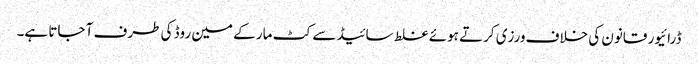
ڈرائیور قانون کی خلاف ورزی کرتے ہوئے غلط سائیڈ سے کٹ مار کے مین روڈ کی طرف آ جاتا ہے۔